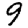
Digit: 9